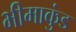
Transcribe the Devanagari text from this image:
भीमाकुंड